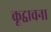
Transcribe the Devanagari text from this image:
कूट्वाचना